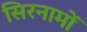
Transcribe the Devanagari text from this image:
सिरनामों